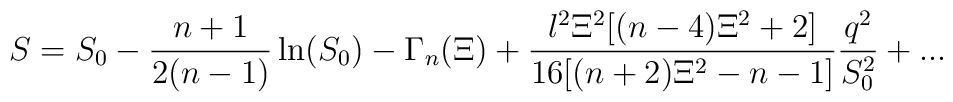
S=S_0-\frac{n+1}{2(n-1)}\ln (S_0)-\Gamma _n(\Xi )+\frac{l^2\Xi ^2[(n-4)\Xi^2+2]}{16[(n+2)\Xi ^2-n-1]}\frac{q^2}{S_0^2}+...